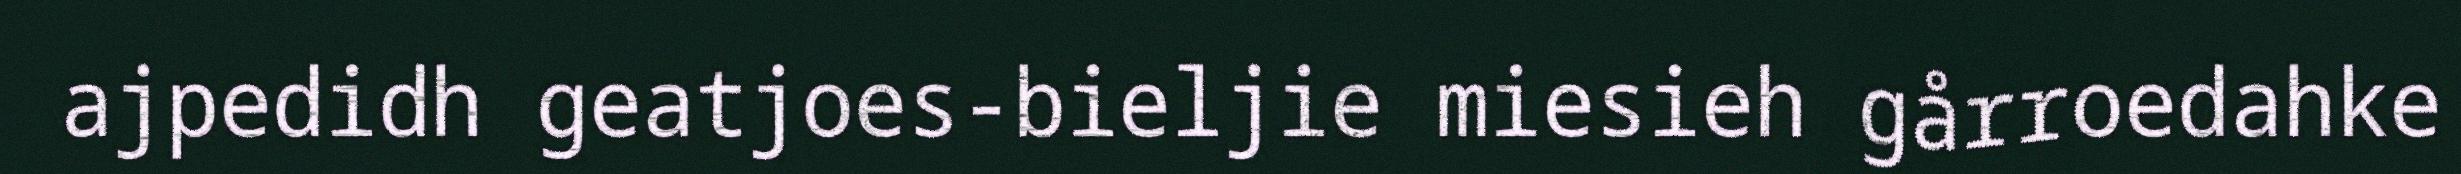
ajpedidh geatjoes-bieljie miesieh gårroedahke